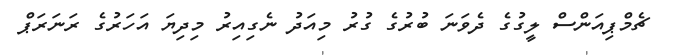
ޗެމްޕިއަންސް ލީގުގެ ދެވަނަ ބުރުގެ ގުރު މިއަދު ނެގިއިރު މިދިޔަ އަހަރުގެ ރަނަރަޕް